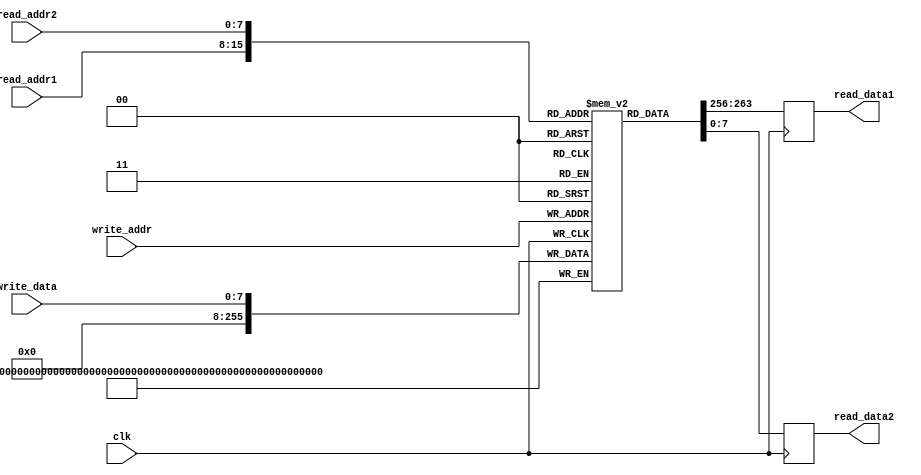
module dual_port_ram (
    input wire clk, // Clock signal
    input wire [7:0] read_addr1, // Address for reading port 1
    input wire [7:0] read_addr2, // Address for reading port 2
    input wire [7:0] write_addr, // Address for writing
    input wire [7:0] write_data, // Data for writing
    output reg [7:0] read_data1, // Data read from port 1
    output reg [7:0] read_data2 // Data read from port 2
);

reg [255:0] memory [0:255]; // Dual-port RAM memory array with 256 locations

always @(posedge clk) begin
    // Read operation for port 1
    read_data1 <= memory[read_addr1];
    
    // Read operation for port 2
    read_data2 <= memory[read_addr2];
    
    // Write operation
    memory[write_addr] <= write_data;
end

endmodule